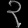
Digit: ၃